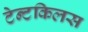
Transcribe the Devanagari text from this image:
टेन्टकिलस